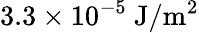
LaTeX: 3.3\times 10^{-5}\mathrm{~J}/\mathrm{m}^{2}